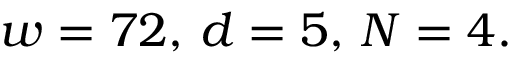
w = 7 2 , \, d = 5 , \, N = 4 .